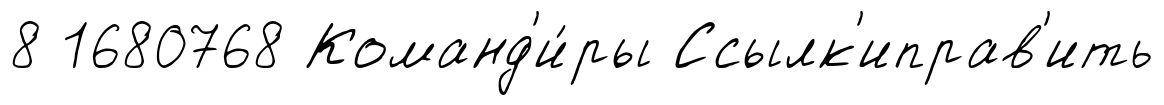
8 1680768 Команд'и́ры Ссылк'иправ'ить